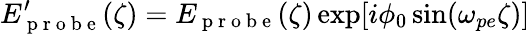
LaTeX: E_{\mathrm{~p~r~o~b~e~}}^{\prime}(\zeta)=E_{\mathrm{~p~r~o~b~e~}}(\zeta)\exp[i\phi_{0}\sin(\omega_{pe}\zeta)]